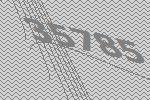
35785